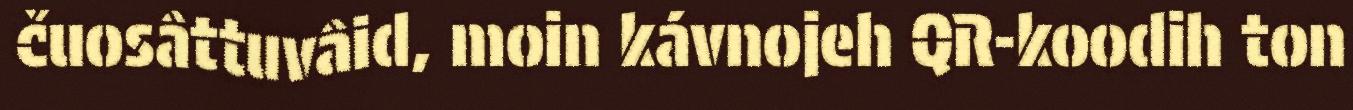
čuosâttuvâid, moin kávnojeh QR-koodih ton